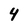
Character: 4